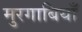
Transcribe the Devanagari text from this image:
मुरगाबियाँ